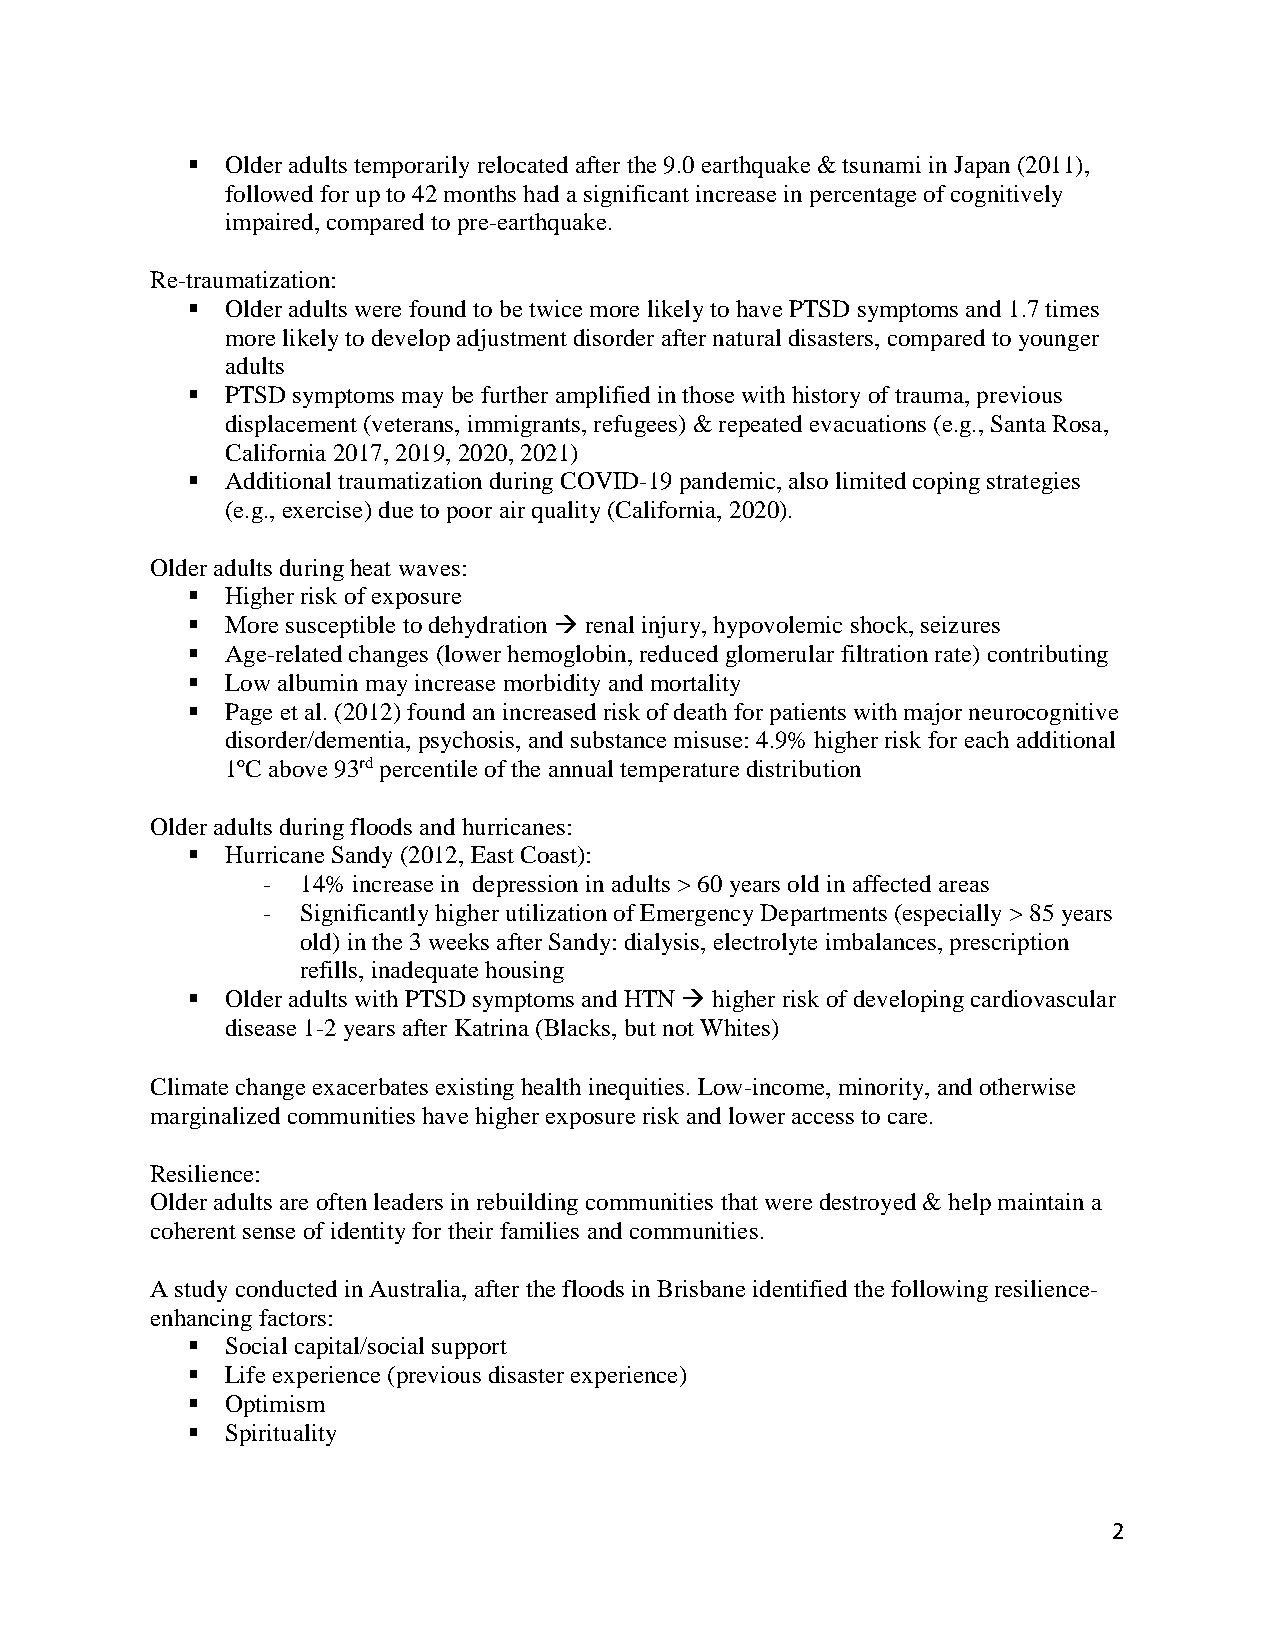
  Older adults temporarily relocated after the 9.0 earthquake & tsunami in Japan (2011),
 followed for up to 42 months had a significant increase in percentage of cognitively
 impaired, compared to pre-earthquake.
 Re-traumatization:
   Older adults were found to be twice more likely to have PTSD symptoms and 1.7 times
 more likely to develop adjustment disorder after natural disasters, compared to younger
 adults
   PTSD symptoms may be further amplified in those with history of trauma, previous
 displacement (veterans, immigrants, refugees) & repeated evacuations (e.g., Santa Rosa,
 California 2017, 2019, 2020, 2021)
   Additional traumatization during COVID-19 pandemic, also limited coping strategies
 (e.g., exercise) due to poor air quality (California, 2020).
 Older adults during heat waves:
   Higher risk of exposure
   More susceptible to dehydration  renal injury, hypovolemic shock, seizures
   Age-related changes (lower hemoglobin, reduced glomerular filtration rate) contributing
   Low albumin may increase morbidity and mortality
   Page et al. (2012) found an increased risk of death for patients with major neurocognitive
 disorder/dementia, psychosis, and substance misuse: 4.9% higher risk for each additional
 1ºC above 93rd percentile of the annual temperature distribution
 Older adults during floods and hurricanes:
   Hurricane Sandy (2012, East Coast):
 -  14% increase in depression in adults > 60 years old in affected areas
 -  Significantly higher utilization of Emergency Departments (especially > 85 years
 old) in the 3 weeks after Sandy: dialysis, electrolyte imbalances, prescription
 refills, inadequate housing
   Older adults with PTSD symptoms and HTN  higher risk of developing cardiovascular
 disease 1-2 years after Katrina (Blacks, but not Whites)
 Climate change exacerbates existing health inequities. Low-income, minority, and otherwise
 marginalized communities have higher exposure risk and lower access to care.
 Resilience:
 Older adults are often leaders in rebuilding communities that were destroyed & help maintain a
 coherent sense of identity for their families and communities.
 A study conducted in Australia, after the floods in Brisbane identified the following resilience-
 enhancing factors:
   Social capital/social support
   Life experience (previous disaster experience)
   Optimism
   Spirituality
 2